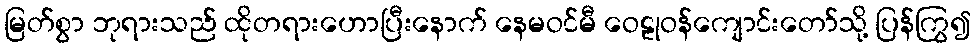
မြတ်စွာ ဘုရားသည် ထိုတရားဟောပြီးနောက် နေမဝင်မီ ဝေဠုဝန်ကျောင်းတော်သို့ ပြန်ကြွ၍